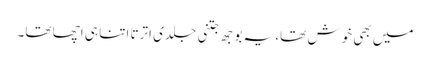
میں بھی خوش تھا، یہ بوجھ جتنی جلدی اترتا اتنا ہی اچھا تھا۔